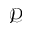
\mathcal { P }